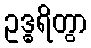
ဥဒ္ဓရိတွာ